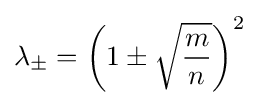
\lambda _{\pm }=\left(1\pm {\sqrt {\frac {m}{n}}}\right)^{2}